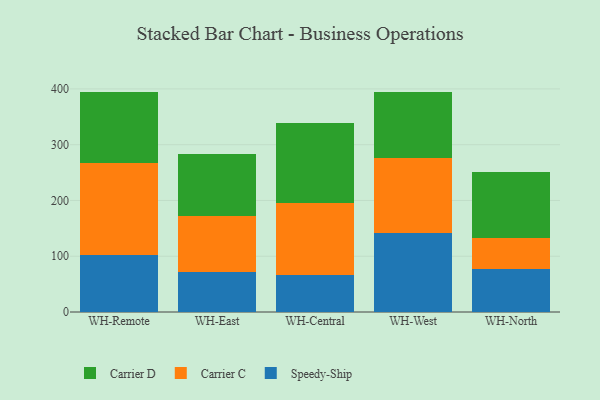
{"axis": {"x": "Warehouse", "y": "Page Views"}, "legend": ["Carrier C", "Carrier D", "Speedy-Ship"], "data": [{"x": "WH-Remote", "y": 101.4, "type": "Speedy-Ship"}, {"x": "WH-Remote", "y": 166.5, "type": "Carrier C"}, {"x": "WH-Remote", "y": 127.1, "type": "Carrier D"}, {"x": "WH-East", "y": 71.3, "type": "Speedy-Ship"}, {"x": "WH-East", "y": 100.1, "type": "Carrier C"}, {"x": "WH-East", "y": 112.4, "type": "Carrier D"}, {"x": "WH-Central", "y": 67.2, "type": "Speedy-Ship"}, {"x": "WH-Central", "y": 128.6, "type": "Carrier C"}, {"x": "WH-Central", "y": 143.8, "type": "Carrier D"}, {"x": "WH-West", "y": 140.8, "type": "Speedy-Ship"}, {"x": "WH-West", "y": 134.6, "type": "Carrier C"}, {"x": "WH-West", "y": 119.8, "type": "Carrier D"}, {"x": "WH-North", "y": 77.5, "type": "Speedy-Ship"}, {"x": "WH-North", "y": 55.9, "type": "Carrier C"}, {"x": "WH-North", "y": 117.6, "type": "Carrier D"}]}